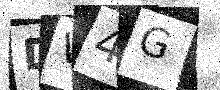
Text: DV4G